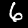
Label: 6